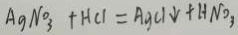
A g N o _ { 3 } + H C l = A g C l \downarrow + H N O _ { 3 }